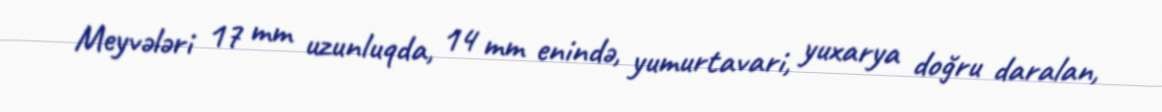
Meyvələri 17 mm uzunluqda, 14 mm enində, yumurtavari, yuxarya doğru daralan,